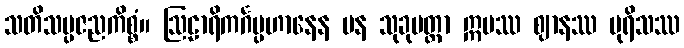
သတိသမ္ပဇညကိစ္စံ။ ဩဠာရိကင်္ဂပ္ပဟာနေန ပန သုခုမတ္တာ ဣမဿ ဈာနဿ ပုရိသဿ